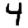
Digit: 4